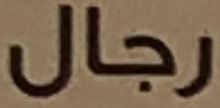
رجال